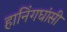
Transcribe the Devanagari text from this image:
हानिंगघांसी